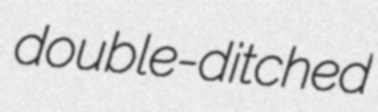
double-ditched